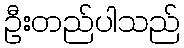
ဦးတည်ပါသည်